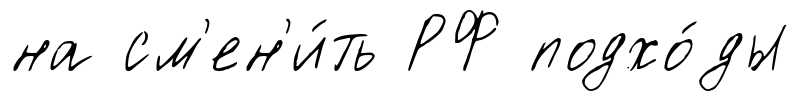
на см'ен'и́ть РФ подхо́ды